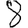
Digit: 8